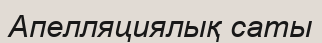
Апелляциялық саты